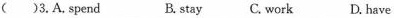
( )3.A.spend B. stay C. work D. have